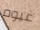
غيوم